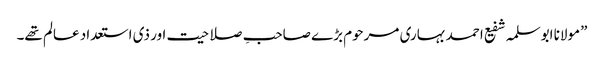
”مولانا ابوسلمہ شفیع احمد بہاری مرحوم بڑے صاحبِ صلاحیت اور ذی استعداد عالم تھے۔